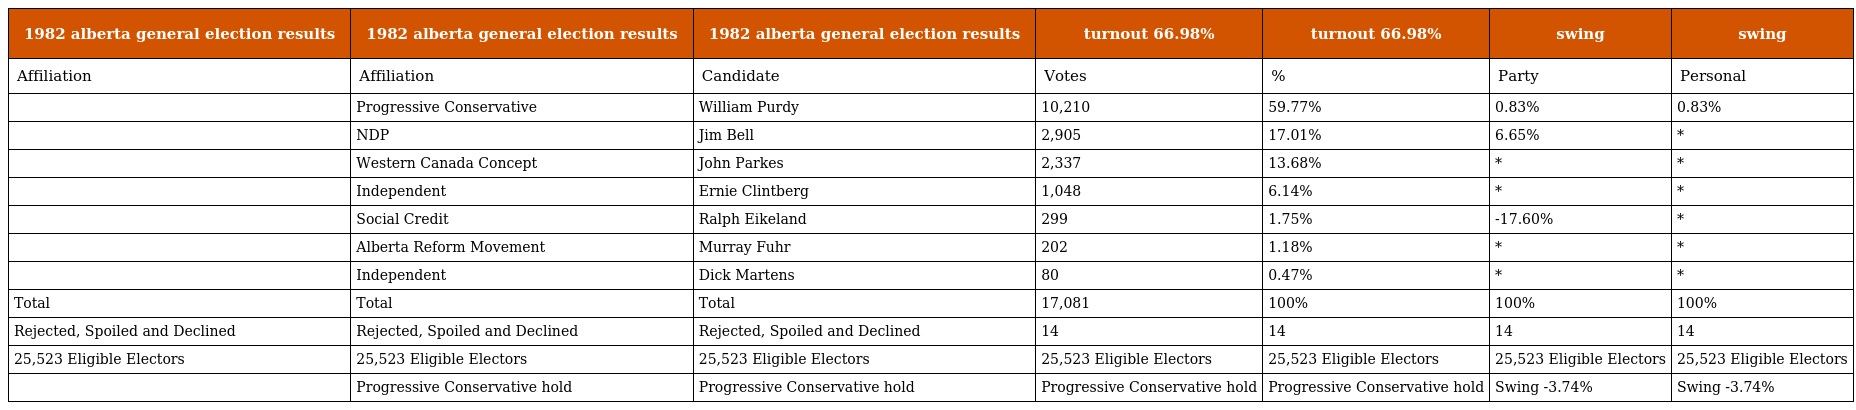
| 1982 alberta general election results | 1982 alberta general election results | 1982 alberta general election results | turnout 66.98% | turnout 66.98% | swing | swing |
 | --- | --- | --- | --- | --- | --- | --- |
 | Affiliation | Affiliation | Candidate | Votes | % | Party | Personal |
 |  | Progressive Conservative | William Purdy | 10,210 | 59.77% | 0.83% | 0.83% |
 |  | NDP | Jim Bell | 2,905 | 17.01% | 6.65% | * |
 |  | Western Canada Concept | John Parkes | 2,337 | 13.68% | * | * |
 |  | Independent | Ernie Clintberg | 1,048 | 6.14% | * | * |
 |  | Social Credit | Ralph Eikeland | 299 | 1.75% | -17.60% | * |
 |  | Alberta Reform Movement | Murray Fuhr | 202 | 1.18% | * | * |
 |  | Independent | Dick Martens | 80 | 0.47% | * | * |
 | Total | Total | Total | 17,081 | 100% | 100% | 100% |
 | Rejected, Spoiled and Declined | Rejected, Spoiled and Declined | Rejected, Spoiled and Declined | 14 | 14 | 14 | 14 |
 | 25,523 Eligible Electors | 25,523 Eligible Electors | 25,523 Eligible Electors | 25,523 Eligible Electors | 25,523 Eligible Electors | 25,523 Eligible Electors | 25,523 Eligible Electors |
 |  | Progressive Conservative hold | Progressive Conservative hold | Progressive Conservative hold | Progressive Conservative hold | Swing -3.74% | Swing -3.74% |